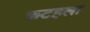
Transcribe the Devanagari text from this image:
कटहला